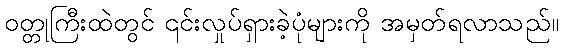
ဝတ္တုကြီးထဲတွင် ၎င်းလှုပ်ရှားခဲ့ပုံများကို အမှတ်ရလာသည်။